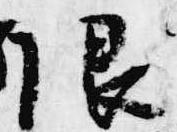
限